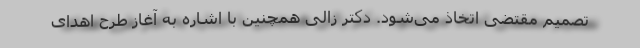
تصمیم مقتضی اتخاذ می‌شود. دکتر زالی همچنین با اشاره به آغاز طرح اهدای